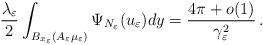
LaTeX: \begin{align*}\frac{\lambda_\varepsilon}{2} \int_{B_{x_\varepsilon}(A_\varepsilon\mu_\varepsilon)} \Psi_{N_\varepsilon}(u_\varepsilon) dy=\frac{4\pi+o(1)}{\gamma_\varepsilon^2}\,.\end{align*}